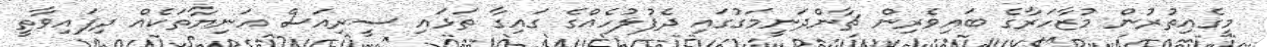
މީގެއިތުރުން މުޒާހަރާގެ ބައިވެރިން ޗާންދަނީމަގުގައި ދެފުލުހެއްގެ ގައިގާ ތަޅައި ސީރިއަސް އަނިޔާތަކެއް ދިފައިވާތީ